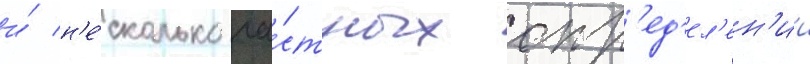
и́ н'е́сколько ча́стных опр'ед'ел'ен'ии